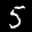
Label: 5